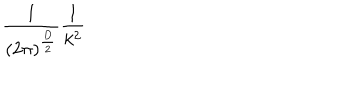
\frac { 1 } { ( 2 \pi ) ^ { \frac { D } { 2 } } } \frac { 1 } { k ^ { 2 } }